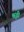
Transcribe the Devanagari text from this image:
श्रृती